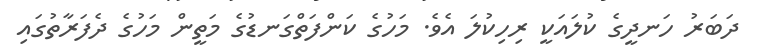
ދަބަރު ހަނދީގެ ކުލައަކީ ރިހިކުލަ އެވެ. މަހުގެ ކަންފަތްގަނޑުގެ މަތީން މަހުގެ ދެފަރާތުގައި